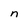
Character: n